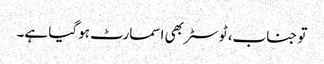
تو جناب، ٹوسٹر بھی اسمارٹ ہوگیا ہے۔